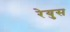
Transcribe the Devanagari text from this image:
रेयुस